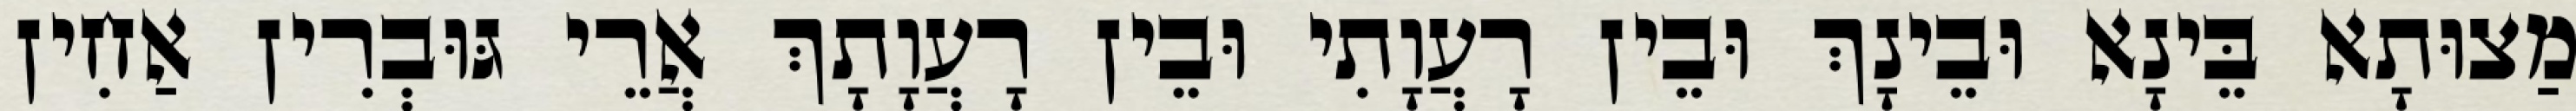
מַצוּתָא בֵּינָא וּבֵינָךְ וּבֵין רָעֲוָתִי וּבֵין רָעֲוָתָךְ אֲרֵי גּוּבְרִין אַחִין